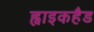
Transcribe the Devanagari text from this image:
ह्वाइकहैड